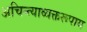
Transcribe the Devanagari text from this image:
अचिन्त्याव्यक्तरूपाय